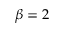
\beta = 2